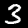
Label: 3